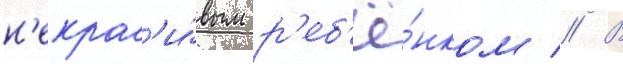
н'екрас'и́вым р'еб'ё́нком // В